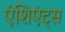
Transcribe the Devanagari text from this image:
एंशिएंट्स